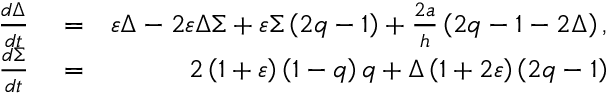
\begin{array} { r l r } { \frac { d \Delta } { d t } } & { { } = } & { \varepsilon \Delta - 2 \varepsilon \Delta \Sigma + \varepsilon \Sigma \left( 2 q - 1 \right) + \frac { 2 a } { h } \left( 2 q - 1 - 2 \Delta \right) , } \\ { \frac { d \Sigma } { d t } } & { { } = } & { 2 \left( 1 + \varepsilon \right) \left( 1 - q \right) q + \Delta \left( 1 + 2 \varepsilon \right) \left( 2 q - 1 \right) } \end{array}